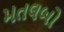
મતલબો